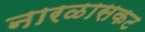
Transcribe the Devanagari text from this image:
नारळासकट